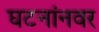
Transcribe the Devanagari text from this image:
घटनांनवर